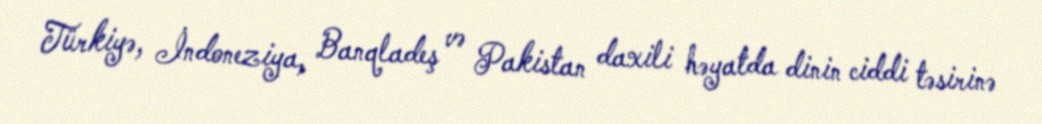
Türkiyə, İndoneziya, Banqladeş və Pakistan daxili həyatda dinin ciddi təsirinə